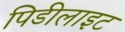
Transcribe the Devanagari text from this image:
पिडीलाइट